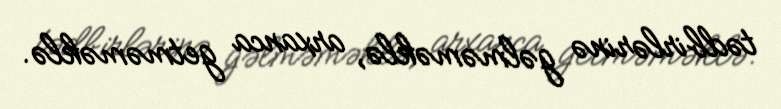
tədbirlərinə gəlməməklə, arxanca getməməklə.